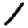
Digit: 1